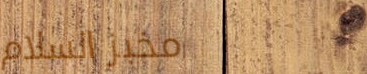
مخبز السلام